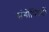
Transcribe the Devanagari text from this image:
संगोष्‍ठियों